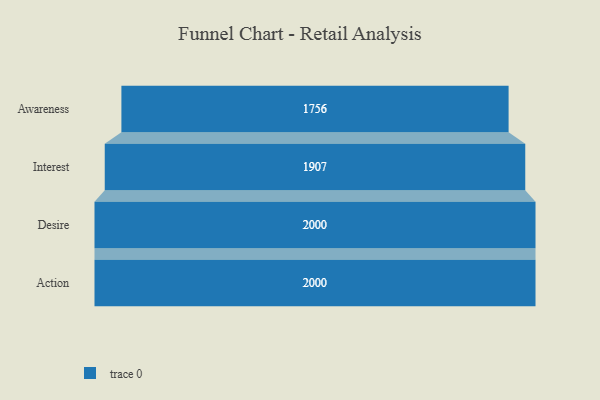
{"axis": {"x": "Stage", "y": "Value"}, "legend": [""], "data": [{"x": "Awareness", "y": 1756.0, "type": ""}, {"x": "Interest", "y": 1907.0, "type": ""}, {"x": "Desire", "y": 2000, "type": ""}, {"x": "Action", "y": 2000, "type": ""}]}